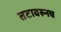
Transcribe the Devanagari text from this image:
तटावरुनच